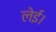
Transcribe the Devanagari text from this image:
लेई।